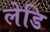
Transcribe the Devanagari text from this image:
लेडि